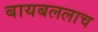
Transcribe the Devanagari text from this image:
बायबललाच